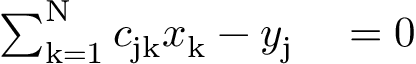
\begin{array} { r l } { \sum _ { \mathrm { k } = 1 } ^ { \mathrm { N } } c _ { \mathrm { j k } } x _ { \mathrm { k } } - y _ { \mathrm { j } } } & { { } = 0 } \end{array}